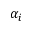
\alpha _ { i }